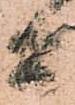
間